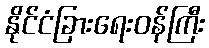
နိုင်ငံခြားရေးဝန်ကြီး